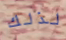
لذلك